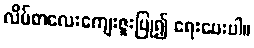
လိပ်စာလေးကျေးဇူးပြု၍ ရေးပေးပါ။